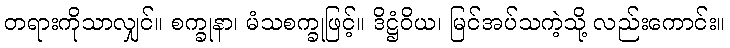
တရားကိုသာလျှင်။ စက္ခုနာ၊ မံသစက္ခုဖြင့်။ ဒိဋ္ဌံဝိယ၊ မြင်အပ်သကဲ့သို့ လည်းကောင်း။